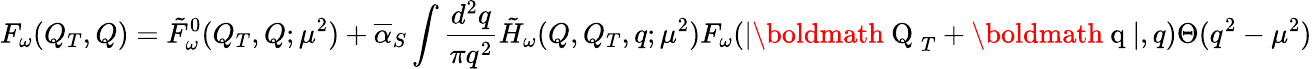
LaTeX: F_{\omega}(Q_{T},Q)=\tilde{F}_{\omega}^{0}(Q_{T},Q;\mu^{2})+\overline{{{\alpha}}}_{S}\int\frac{d^{2}q}{\pi q^{2}}\tilde{H}_{\omega}(Q,Q_{T},q;\mu^{2})F_{\omega}(|\mathrm{\boldmath~Q~}_{T}+\mathrm{\boldmath~q~}|,q)\Theta(q^{2}-\mu^{2})